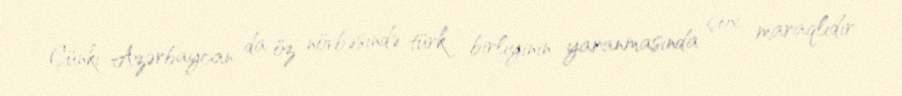
Çünki Azərbaycan da öz növbəsində türk birliyinin yaranmasında çox maraqlıdır